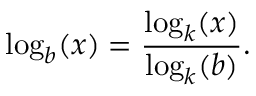
\log _ { b } ( x ) = { \frac { \log _ { k } ( x ) } { \log _ { k } ( b ) } } .